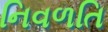
નિવળતિ